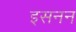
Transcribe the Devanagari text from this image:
इसनन